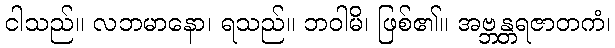
ငါသည်။ လဘမာနော၊ ရသည်။ ဘဝါမိ၊ ဖြစ်၏။ အဗ္ဘန္တရဇာတကံ၊